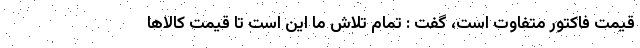
قیمت فاکتور متفاوت است، گفت : تمام تلاش ما این است تا قیمت کالاها